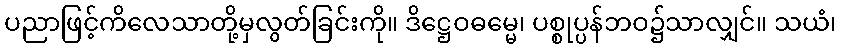
ပညာဖြင့်ကိလေသာတို့မှလွတ်ခြင်းကို။ ဒိဋ္ဌေဝဓမ္မေ၊ ပစ္စုပ္ပန်ဘဝ၌သာလျှင်။ သယံ၊